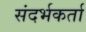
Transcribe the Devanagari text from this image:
संदर्भकर्ता